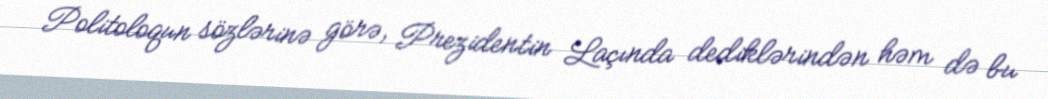
Politoloqun sözlərinə görə, Prezidentin Laçında dediklərindən həm də bu